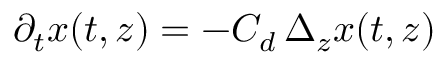
\partial _ { t } x ( t , z ) = - C _ { d } \, \Delta _ { z } x ( t , z )